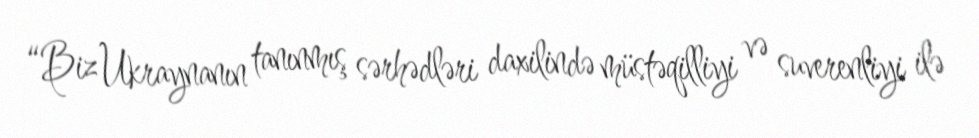
“Biz Ukraynanın tanınmış sərhədləri daxilində müstəqilliyi və suverenliyi ilə